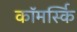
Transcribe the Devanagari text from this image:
कॉमर्स्कि